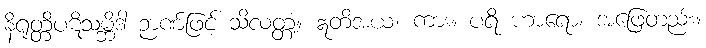
နိရုတ္တိပဋိသမ္ဘိဒါ ဉာဏ်ဖြင့် သိလတ္တံ့။ ဣတိအယံ၊ ကား။ ပရိ ဟာရော၊ အဖြေတည်း။